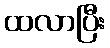
ထလာပြီး